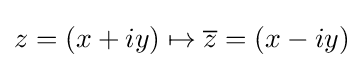
z=(x+iy)\mapsto {\overline {z}}=(x-iy)